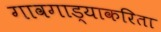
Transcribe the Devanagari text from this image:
गावगाड्याकरिता